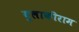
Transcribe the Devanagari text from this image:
बुलाकीराम